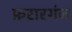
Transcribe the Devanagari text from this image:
फ़रारगंज